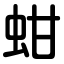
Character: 蚶